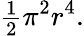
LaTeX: {\begin{array}{l}{{\frac{1}{2}}}\end{array}}\pi^{2}r^{4}.